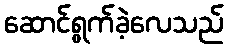
ဆောင်ရွက်ခဲ့လေသည်